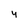
Character: 4